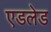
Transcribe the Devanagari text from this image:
एडलेड